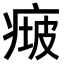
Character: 𤷵